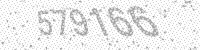
Solution: 579166